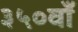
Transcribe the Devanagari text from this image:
३५०वाँ